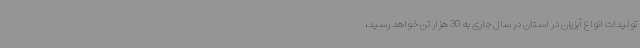
تولیدات انواع آبزیان در استان در سال جاری به 30 هزار تن خواهد رسید،